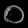
Digit: ၀